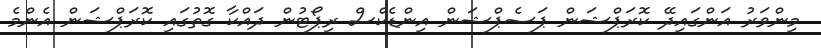
މިންވަރު އަންގައިދޭ ކޮރަޕްޝަން ޕަސެޕްޝަން އިންޑެކްސް ރިޕޯޓުން ދައްކާ ގޮތުގައި ކޮރަޕްޝަން އެންމެ